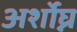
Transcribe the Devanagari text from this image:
अर्शोघ्न